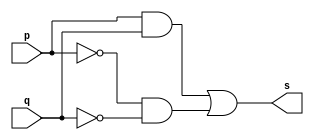
// --------------------- 
// Exemplo0012 - xnor 
// Nome: Jenifer Henrique Moreira Borges 
// --------------------- 
 
// --------------------- 
// -- xnor gate 
// --------------------- 
 
module xnorgate (output [0:3] s, 
                             input   [0:3] p, 
                             input   [0:3] q); 
 assign s = (p & q) | (~p & ~q); 
endmodule // xnor
 
// --------------------- 
// -- test xnorgate 
// --------------------- 
module testxnorgate; 
// ------------------------- dados locais 
   reg  [0:3] a,b; // definir registrador 
   wire [0:3] s;    // definir conexao (fio) 
// ------------------------- instancia 
   xnorgate XNOR1 (s, a, b);  
// ------------------------- preparacao 
   initial begin:start 
      a=4'b0011;   // 4 valores binarios 
      b=4'b0101;   // 4 valores binarios 
   end 
 
// ------------------------- parte principal 
   initial begin:main 
      $display("Exemplo0012 - Jenifer Henrique Moreira Borges - 427420"); 
      $display("Test xnor gate"); 
      $display("\n ~(a   &   b)  =   s\n"); 
      $monitor("~(%b & %b) = %b", a, b, s); 
  #1  a=4'b0000;    b=4'b0001;     
  #1  a=4'b0010;    b=4'b0011;  
  #1  a=4'b0100;    b=4'b0101;  
  #1  a=4'b0110;    b=4'b0111;    
  #1  a=4'b1000;    b=4'b1001;     
  #1  a=4'b1010;    b=4'b1011;    
 
 end 
 
endmodule // testxnorgate